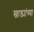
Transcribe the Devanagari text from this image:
खाड्यांच्या